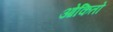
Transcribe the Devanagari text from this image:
ओकितो